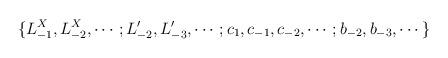
LaTeX: \begin{align*}\{ L_{-1}^X, L_{-2}^X, \cdots ; L'_{-2}, L'_{-3}, \cdots ;c_{1}, c_{-1}, c_{-2} , \cdots ; b_{-2},b_{-3}, \cdots \}\end{align*}